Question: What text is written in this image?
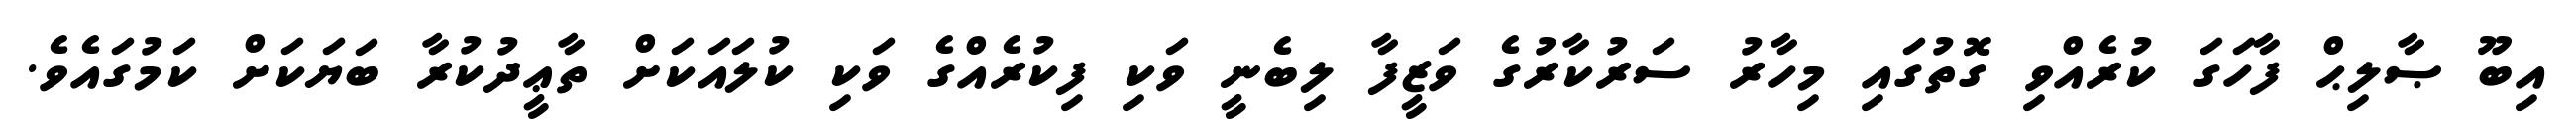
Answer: އިބޫ ޞާލިޙް ފާހަގަ ކުރެއްވި ގޮތުގައި މިހާރު ސަރުކާރުގެ ވަޒީފާ ލިބެނީ ވަކި ފިކުރެއްގެ ވަކި ކުލައަކަށް ތާޢީދުކުރާ ބަޔަކަށް ކަމުގައެވެ.